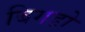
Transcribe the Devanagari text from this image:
बिगडो